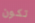
تكون